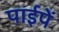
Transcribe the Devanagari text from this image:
पाईपें